Civil Veterinary Department Bengal reports 1933-51 - 1933-1951
Year: 1933
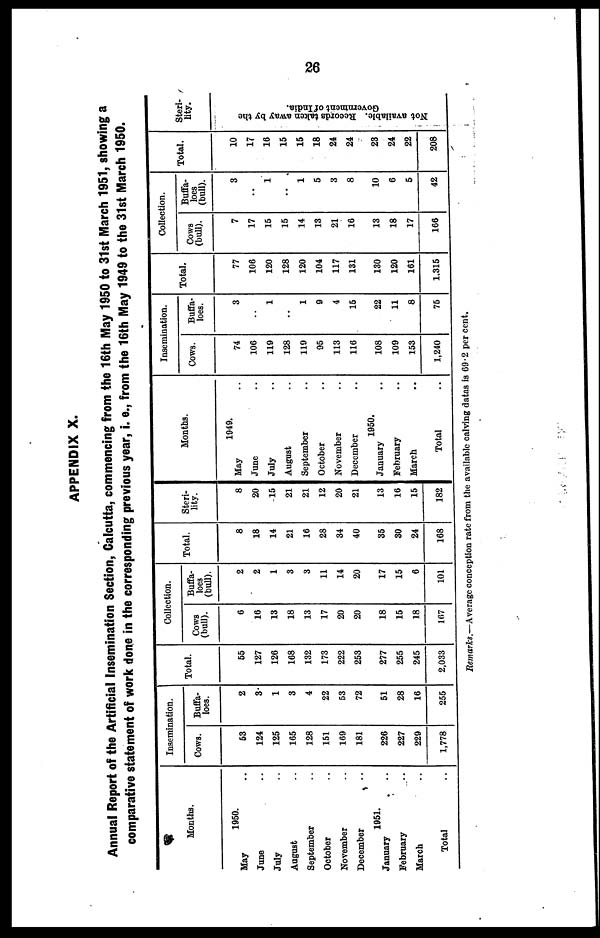
26
APPENDIX X.
Annual Report of the Artificial Insemination Section, Calcutta, commencing from the 16th May 1950 to 31st March 1951, showing a
comparative statement of work done in the corresponding previous year, i. e., from the 16th May 1949 to the 31st March 1950.
Months.
1950.
May ..
June ..
July ..
August ..
September ..
October ..
November ..
December ..
1951.
January ..
February ..
March ..
Total ..
Insemination.
Cows.
63
124
125
165
128
151
169
181
226
227
229
1,778
Buffa-
loes.
2
3
1
3
4
22
53
72
51
28
16
255
Total.
55
127
126
168
132
173
222
253
277
255
245
2,033
Collection.
Cows
(bull).
6
16
13
18
13
17
20
20
18
15
18
107
Buffa-
loes
(bull).
2
2
1
3
3
11
14
20
17
15
6
101
Total.
8
18
14
21
16
28
34
40
35
30
24
168
Steri-
lity.
8
20
15
21
21
12
20
21
13
16
15
182
Months.
1949.
May..
June..
July..
August..
September..
October..
November..
December ..
1950.
January..
February ..
March ..
Total ..
Insemination.
Cows.
74
106
119
128
119
95
113
116
108
109
153
1,240
Buffa-
loes.
3
..
1
..
1
9
4
15
22
11
8
75
Total.
77
106
120
128
120
104
117
131
130
120
161
1.315
Collection.
Cows
(bull).
7
17
15
15
14
13
21
16
13
18
17
166
Buffa-
loes
(bull).
3
..
1
..
1
5
3
8
10
6
5
42
Total.
10
17
16
15
15
18
24
24
23
24
22
208
Steri-
lity.
Not available. Records taken away by the
Government of India.
Remarks.—Average conception rate from the available calving datas is 69.2 percent.